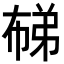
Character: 𭘨